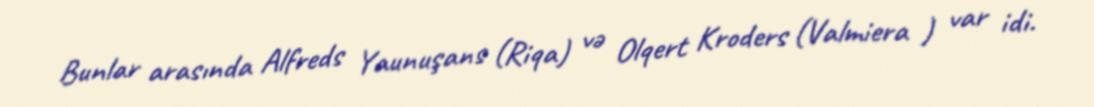
Bunlar arasında Alfreds Yaunuşans (Riqa) və Olqert Kroders (Valmiera ) var idi.